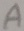
Text: A